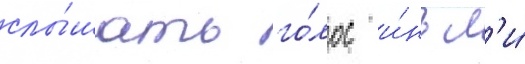
слы́шать го́лос и́нь л'и́